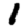
Digit: 1